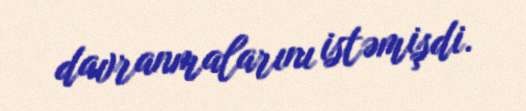
davranmalarını istəmişdi.